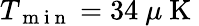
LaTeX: T_{\mathrm{~m~i~n~}}=34~\mu\mathrm{~K~}